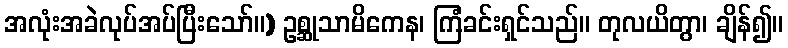
အလုံးအခဲလုပ်အပ်ပြီးသော်။) ဥစ္ဆုသာမိကေန၊ ကြံခင်းရှင်သည်။ တုလယိတွာ၊ ချိန်၍။